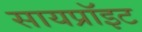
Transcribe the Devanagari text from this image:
सायप्रॉइट